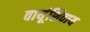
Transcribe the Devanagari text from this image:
वायूंशिवाय